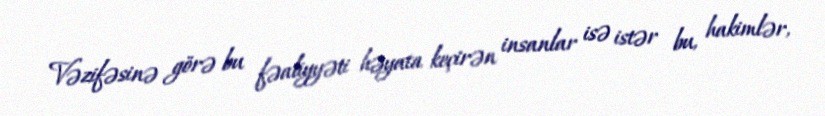
Vəzifəsinə görə bu fəaliyyəti həyata keçirən insanlar isə istər bu, hakimlər,